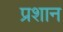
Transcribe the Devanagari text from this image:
प्रशान